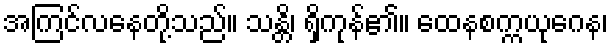
အကြင်လနေတို့သည်။ သန္တိ၊ ရှိကုန်၏။ ထေနစက္ကယုဂေန၊